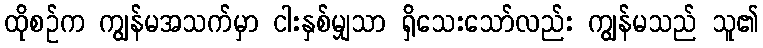
ထိုစဉ်က ကျွန်မအသက်မှာ ငါးနှစ်မျှသာ ရှိသေးသော်လည်း ကျွန်မသည် သူ၏